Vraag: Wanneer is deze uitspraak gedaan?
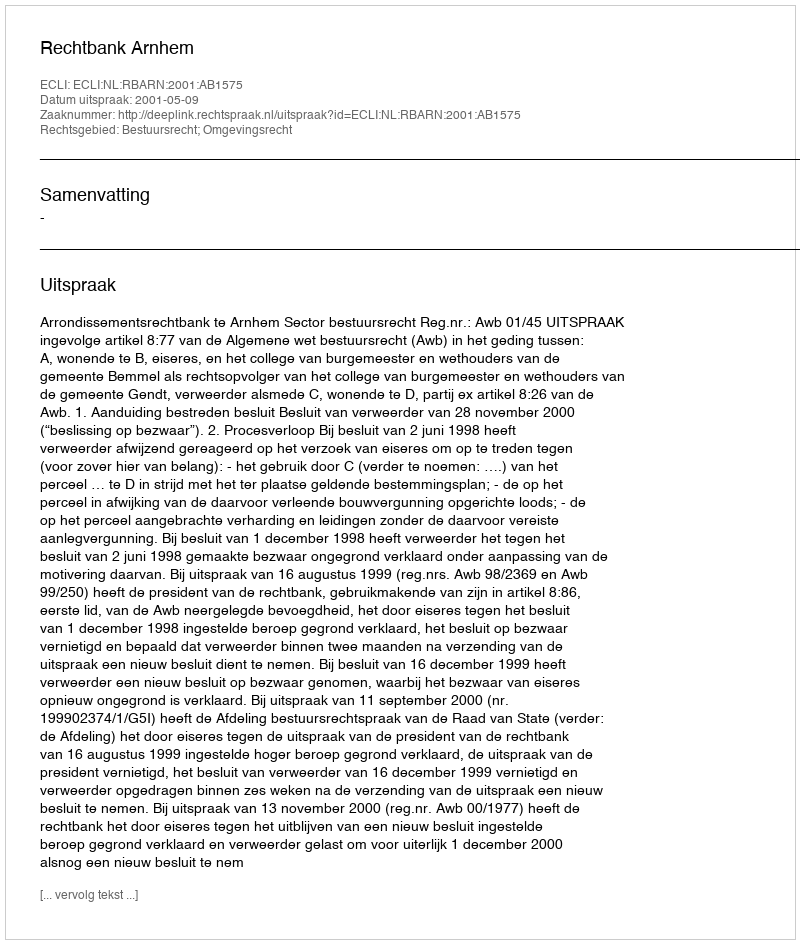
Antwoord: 2001-05-09